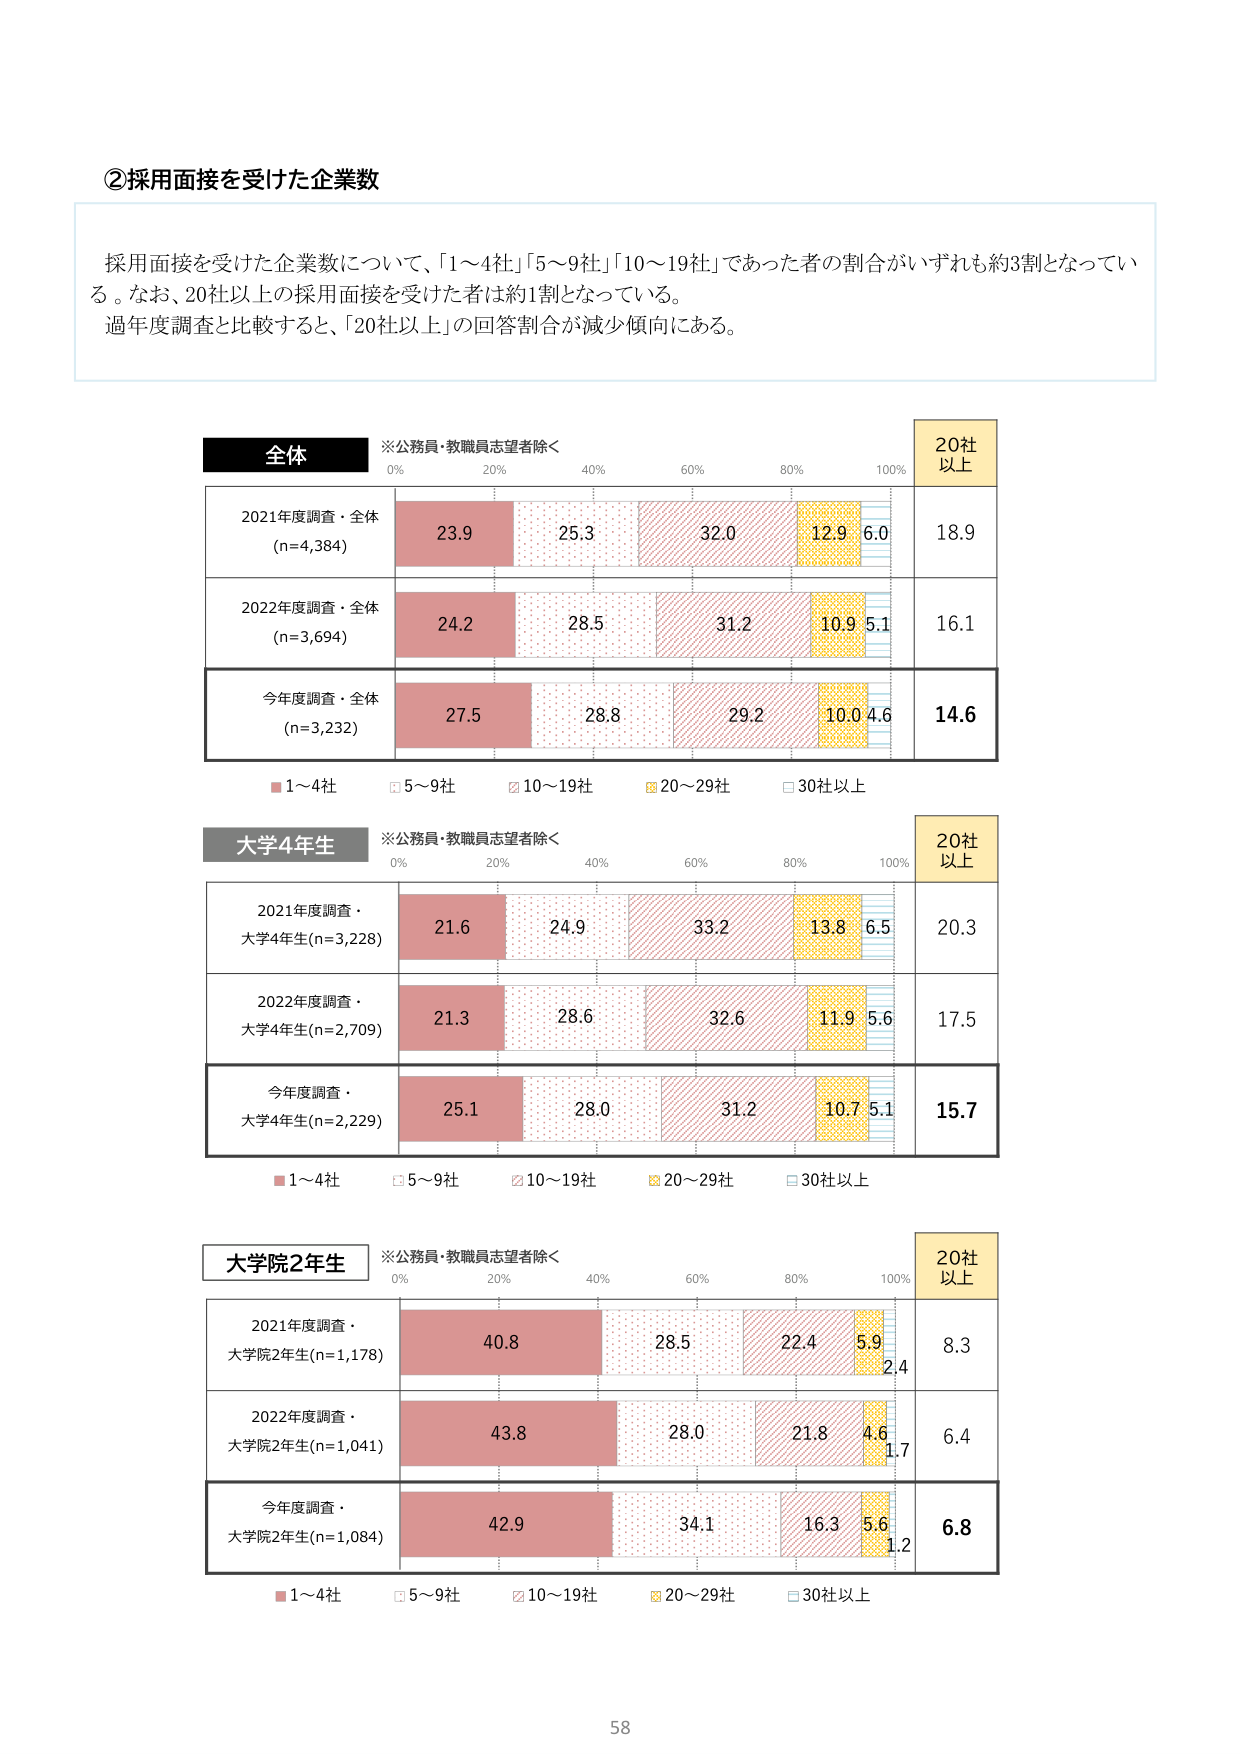
②採用面接を受けた企業数

採用面接を受けた企業数について、「1～4社」「5～9社」「10～19社」であった者の割合がいずれも約3割となっている。なお、20社以上の採用面接を受けた者は約1割となっている。
過年度調査と比較すると、「20社以上」の回答割合が減少傾向にある。

全体
※公務員・教職員志望者除く
0% 20% 40% 60% 80% 100%
20社以上
2021年度調査・全体 (n=4,384) 23.9 25.3 32.0 12.9 6.0 18.9
2022年度調査・全体 (n=3,694) 24.2 28.5 31.2 10.9 5.1 16.1
今年度調査・全体 (n=3,232) 27.5 28.8 29.2 10.0 4.6 14.6
■1～4社 □5～9社 ◆10～19社 ■20～29社 □30社以上

大学4年生
※公務員・教職員志望者除く
0% 20% 40% 60% 80% 100%
20社以上
2021年度調査・大学4年生(n=3,228) 21.6 24.9 33.2 13.8 6.5 20.3
2022年度調査・大学4年生(n=2,709) 21.3 28.6 32.6 11.9 5.6 17.5
今年度調査・大学4年生(n=2,229) 25.1 28.0 31.2 10.7 5.1 15.7
■1～4社 □5～9社 ◆10～19社 ■20～29社 □30社以上

大学院2年生
※公務員・教職員志望者除く
0% 20% 40% 60% 80% 100%
20社以上
2021年度調査・大学院2年生(n=1,178) 40.8 28.5 22.4 5.9 2.4 8.3
2022年度調査・大学院2年生(n=1,041) 43.8 28.0 21.8 4.6 1.7 6.4
今年度調査・大学院2年生(n=1,084) 42.9 34.1 16.3 5.6 1.2 6.8
■1～4社 □5～9社 ◆10～19社 ■20～29社 □30社以上

58